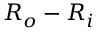
R _ { o } - R _ { i }